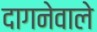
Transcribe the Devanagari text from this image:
दागनेवाले